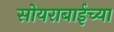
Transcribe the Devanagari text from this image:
सोयराबाईच्या